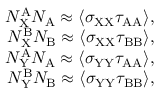
\begin{array} { r } { N _ { \mathrm { X } } ^ { \mathrm { A } } N _ { \mathrm { A } } \approx \langle \sigma _ { \mathrm { X X } } \tau _ { \mathrm { A A } } \rangle , } \\ { N _ { \mathrm { X } } ^ { \mathrm { B } } N _ { \mathrm { B } } \approx \langle \sigma _ { \mathrm { X X } } \tau _ { \mathrm { B B } } \rangle , } \\ { N _ { \mathrm { Y } } ^ { \mathrm { A } } N _ { \mathrm { A } } \approx \langle \sigma _ { \mathrm { Y Y } } \tau _ { \mathrm { A A } } \rangle , } \\ { N _ { \mathrm { Y } } ^ { \mathrm { B } } N _ { \mathrm { B } } \approx \langle \sigma _ { \mathrm { Y Y } } \tau _ { \mathrm { B B } } \rangle , } \end{array}